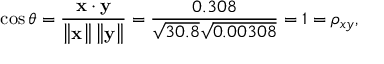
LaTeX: \cos \theta = { \frac { \mathbf { x } \cdot \mathbf { y } } { \left\| \mathbf { x } \right\| \left\| \mathbf { y } \right\| } } = { \frac { 0 . 3 0 8 } { { \sqrt { 3 0 . 8 } } { \sqrt { 0 . 0 0 3 0 8 } } } } = 1 = \rho _ { x y } ,